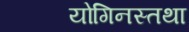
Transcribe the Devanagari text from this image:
योगिनस्तथा